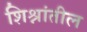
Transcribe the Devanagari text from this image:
शिश्नांतील